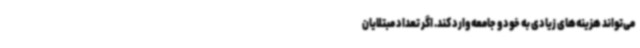
می‌تواند هزینه‌های زیادی به خود و جامعه وارد کند. اگر تعداد مبتلایان